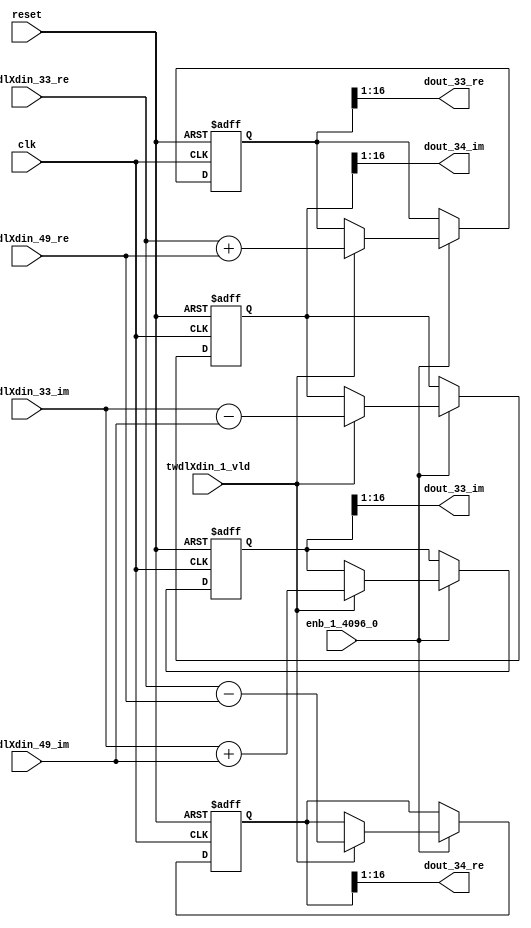
// -------------------------------------------------------------
// 
// 
// Generated by MATLAB 9.14 and HDL Coder 4.1
// 
// -------------------------------------------------------------


// -------------------------------------------------------------
// 
// Module: RADIX22FFT_SDNF1_3_block15
// Source Path: dsphdl.IFFT/RADIX22FFT_SDNF1_3
// Hierarchy Level: 4
// 
// -------------------------------------------------------------

`timescale 1 ns / 1 ns

module RADIX22FFT_SDNF1_3_block15
          (clk,
           reset,
           enb_1_4096_0,
           twdlXdin_33_re,
           twdlXdin_33_im,
           twdlXdin_49_re,
           twdlXdin_49_im,
           twdlXdin_1_vld,
           dout_33_re,
           dout_33_im,
           dout_34_re,
           dout_34_im);


  input   clk;
  input   reset;
  input   enb_1_4096_0;
  input   signed [15:0] twdlXdin_33_re;  // sfix16_En14
  input   signed [15:0] twdlXdin_33_im;  // sfix16_En14
  input   signed [15:0] twdlXdin_49_re;  // sfix16_En14
  input   signed [15:0] twdlXdin_49_im;  // sfix16_En14
  input   twdlXdin_1_vld;
  output  signed [15:0] dout_33_re;  // sfix16_En14
  output  signed [15:0] dout_33_im;  // sfix16_En14
  output  signed [15:0] dout_34_re;  // sfix16_En14
  output  signed [15:0] dout_34_im;  // sfix16_En14


  reg signed [16:0] Radix22ButterflyG1_NF_btf1_re_reg;  // sfix17
  reg signed [16:0] Radix22ButterflyG1_NF_btf1_im_reg;  // sfix17
  reg signed [16:0] Radix22ButterflyG1_NF_btf2_re_reg;  // sfix17
  reg signed [16:0] Radix22ButterflyG1_NF_btf2_im_reg;  // sfix17
  reg  Radix22ButterflyG1_NF_dinXtwdl_vld_dly1;
  reg signed [16:0] Radix22ButterflyG1_NF_btf1_re_reg_next;  // sfix17_En14
  reg signed [16:0] Radix22ButterflyG1_NF_btf1_im_reg_next;  // sfix17_En14
  reg signed [16:0] Radix22ButterflyG1_NF_btf2_re_reg_next;  // sfix17_En14
  reg signed [16:0] Radix22ButterflyG1_NF_btf2_im_reg_next;  // sfix17_En14
  reg  Radix22ButterflyG1_NF_dinXtwdl_vld_dly1_next;
  reg signed [15:0] dout_33_re_1;  // sfix16_En14
  reg signed [15:0] dout_33_im_1;  // sfix16_En14
  reg signed [15:0] dout_34_re_1;  // sfix16_En14
  reg signed [15:0] dout_34_im_1;  // sfix16_En14
  reg  dout_33_vld;
  reg signed [16:0] Radix22ButterflyG1_NF_add_cast;  // sfix17_En14
  reg signed [16:0] Radix22ButterflyG1_NF_add_cast_0;  // sfix17_En14
  reg signed [16:0] Radix22ButterflyG1_NF_sra_temp;  // sfix17_En14
  reg signed [16:0] Radix22ButterflyG1_NF_sub_cast;  // sfix17_En14
  reg signed [16:0] Radix22ButterflyG1_NF_sub_cast_0;  // sfix17_En14
  reg signed [16:0] Radix22ButterflyG1_NF_sra_temp_0;  // sfix17_En14
  reg signed [16:0] Radix22ButterflyG1_NF_add_cast_1;  // sfix17_En14
  reg signed [16:0] Radix22ButterflyG1_NF_add_cast_2;  // sfix17_En14
  reg signed [16:0] Radix22ButterflyG1_NF_sra_temp_1;  // sfix17_En14
  reg signed [16:0] Radix22ButterflyG1_NF_sub_cast_1;  // sfix17_En14
  reg signed [16:0] Radix22ButterflyG1_NF_sub_cast_2;  // sfix17_En14
  reg signed [16:0] Radix22ButterflyG1_NF_sra_temp_2;  // sfix17_En14


  // Radix22ButterflyG1_NF
  always @(posedge clk or posedge reset)
    begin : Radix22ButterflyG1_NF_process
      if (reset == 1'b1) begin
        Radix22ButterflyG1_NF_btf1_re_reg <= 17'sb00000000000000000;
        Radix22ButterflyG1_NF_btf1_im_reg <= 17'sb00000000000000000;
        Radix22ButterflyG1_NF_btf2_re_reg <= 17'sb00000000000000000;
        Radix22ButterflyG1_NF_btf2_im_reg <= 17'sb00000000000000000;
        Radix22ButterflyG1_NF_dinXtwdl_vld_dly1 <= 1'b0;
      end
      else begin
        if (enb_1_4096_0) begin
          Radix22ButterflyG1_NF_btf1_re_reg <= Radix22ButterflyG1_NF_btf1_re_reg_next;
          Radix22ButterflyG1_NF_btf1_im_reg <= Radix22ButterflyG1_NF_btf1_im_reg_next;
          Radix22ButterflyG1_NF_btf2_re_reg <= Radix22ButterflyG1_NF_btf2_re_reg_next;
          Radix22ButterflyG1_NF_btf2_im_reg <= Radix22ButterflyG1_NF_btf2_im_reg_next;
          Radix22ButterflyG1_NF_dinXtwdl_vld_dly1 <= Radix22ButterflyG1_NF_dinXtwdl_vld_dly1_next;
        end
      end
    end

  always @(Radix22ButterflyG1_NF_btf1_im_reg, Radix22ButterflyG1_NF_btf1_re_reg,
       Radix22ButterflyG1_NF_btf2_im_reg, Radix22ButterflyG1_NF_btf2_re_reg,
       Radix22ButterflyG1_NF_dinXtwdl_vld_dly1, twdlXdin_1_vld, twdlXdin_33_im,
       twdlXdin_33_re, twdlXdin_49_im, twdlXdin_49_re) begin
    Radix22ButterflyG1_NF_add_cast = 17'sb00000000000000000;
    Radix22ButterflyG1_NF_add_cast_0 = 17'sb00000000000000000;
    Radix22ButterflyG1_NF_sub_cast = 17'sb00000000000000000;
    Radix22ButterflyG1_NF_sub_cast_0 = 17'sb00000000000000000;
    Radix22ButterflyG1_NF_add_cast_1 = 17'sb00000000000000000;
    Radix22ButterflyG1_NF_add_cast_2 = 17'sb00000000000000000;
    Radix22ButterflyG1_NF_sub_cast_1 = 17'sb00000000000000000;
    Radix22ButterflyG1_NF_sub_cast_2 = 17'sb00000000000000000;
    Radix22ButterflyG1_NF_btf1_re_reg_next = Radix22ButterflyG1_NF_btf1_re_reg;
    Radix22ButterflyG1_NF_btf1_im_reg_next = Radix22ButterflyG1_NF_btf1_im_reg;
    Radix22ButterflyG1_NF_btf2_re_reg_next = Radix22ButterflyG1_NF_btf2_re_reg;
    Radix22ButterflyG1_NF_btf2_im_reg_next = Radix22ButterflyG1_NF_btf2_im_reg;
    Radix22ButterflyG1_NF_dinXtwdl_vld_dly1_next = twdlXdin_1_vld;
    if (twdlXdin_1_vld) begin
      Radix22ButterflyG1_NF_add_cast = {twdlXdin_33_re[15], twdlXdin_33_re};
      Radix22ButterflyG1_NF_add_cast_0 = {twdlXdin_49_re[15], twdlXdin_49_re};
      Radix22ButterflyG1_NF_btf1_re_reg_next = Radix22ButterflyG1_NF_add_cast + Radix22ButterflyG1_NF_add_cast_0;
      Radix22ButterflyG1_NF_sub_cast = {twdlXdin_33_re[15], twdlXdin_33_re};
      Radix22ButterflyG1_NF_sub_cast_0 = {twdlXdin_49_re[15], twdlXdin_49_re};
      Radix22ButterflyG1_NF_btf2_re_reg_next = Radix22ButterflyG1_NF_sub_cast - Radix22ButterflyG1_NF_sub_cast_0;
      Radix22ButterflyG1_NF_add_cast_1 = {twdlXdin_33_im[15], twdlXdin_33_im};
      Radix22ButterflyG1_NF_add_cast_2 = {twdlXdin_49_im[15], twdlXdin_49_im};
      Radix22ButterflyG1_NF_btf1_im_reg_next = Radix22ButterflyG1_NF_add_cast_1 + Radix22ButterflyG1_NF_add_cast_2;
      Radix22ButterflyG1_NF_sub_cast_1 = {twdlXdin_33_im[15], twdlXdin_33_im};
      Radix22ButterflyG1_NF_sub_cast_2 = {twdlXdin_49_im[15], twdlXdin_49_im};
      Radix22ButterflyG1_NF_btf2_im_reg_next = Radix22ButterflyG1_NF_sub_cast_1 - Radix22ButterflyG1_NF_sub_cast_2;
    end
    Radix22ButterflyG1_NF_sra_temp = Radix22ButterflyG1_NF_btf1_re_reg >>> 8'd1;
    dout_33_re_1 = Radix22ButterflyG1_NF_sra_temp[15:0];
    Radix22ButterflyG1_NF_sra_temp_0 = Radix22ButterflyG1_NF_btf1_im_reg >>> 8'd1;
    dout_33_im_1 = Radix22ButterflyG1_NF_sra_temp_0[15:0];
    Radix22ButterflyG1_NF_sra_temp_1 = Radix22ButterflyG1_NF_btf2_re_reg >>> 8'd1;
    dout_34_re_1 = Radix22ButterflyG1_NF_sra_temp_1[15:0];
    Radix22ButterflyG1_NF_sra_temp_2 = Radix22ButterflyG1_NF_btf2_im_reg >>> 8'd1;
    dout_34_im_1 = Radix22ButterflyG1_NF_sra_temp_2[15:0];
    dout_33_vld = Radix22ButterflyG1_NF_dinXtwdl_vld_dly1;
  end



  assign dout_33_re = dout_33_re_1;

  assign dout_33_im = dout_33_im_1;

  assign dout_34_re = dout_34_re_1;

  assign dout_34_im = dout_34_im_1;

endmodule  // RADIX22FFT_SDNF1_3_block15